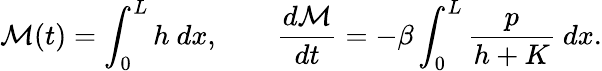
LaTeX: \mathcal{M}(t)=\int_{0}^{L}h~dx,\qquad\frac{d\mathcal{M}}{dt}=-\beta\int_{0}^{L}\frac{p}{h+K}~dx.